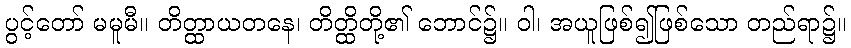
ပွင့်တော် မမူမီ။ တိတ္ထာယတနေ၊ တိတ္ထိတို့၏ ဘောင်၌။ ဝါ၊ အယူဖြစ်၍ဖြစ်သော တည်ရာ၌။